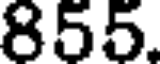
855.